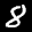
Label: 8